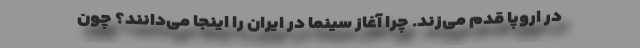
در اروپا قدم می‌زند. چرا آغاز سینما در ایران را اینجا می‌دانند؟ چون